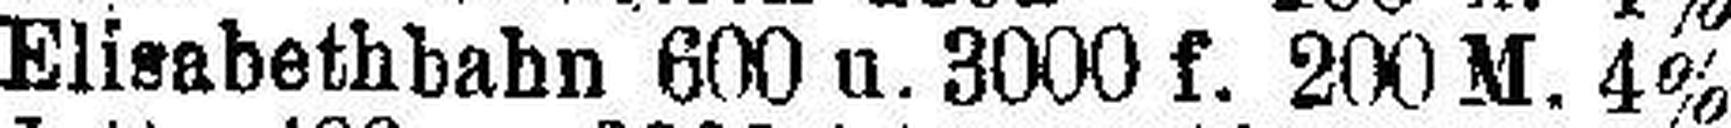
Elisabethbahn 600 u. 3000 f. 200 M. 4%